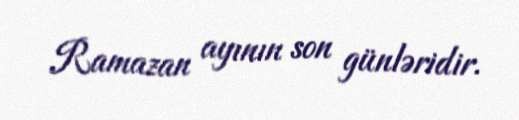
Ramazan ayının son günləridir.